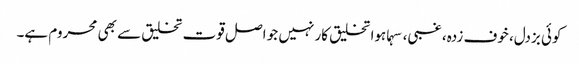
کوئی بزدل، خوف زدہ، غبی، سہماہوا تخلیق کار نہیں جو اصل قوت تخلیق سے بھی محروم ہے۔